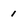
Character: 1